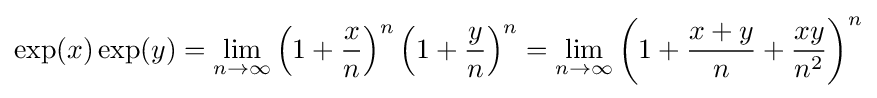
\exp(x)\exp(y)=\lim _{n\rightarrow \infty }\left(1+{\frac {x}{n}}\right)^{n}\left(1+{\frac {y}{n}}\right)^{n}=\lim _{n\rightarrow \infty }\left(1+{\frac {x+y}{n}}+{\frac {xy}{n^{2}}}\right)^{n}